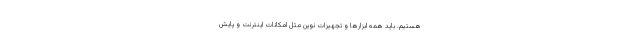
هستیم. باید همه ابزارها و تجهیزات نوین مثل امکانات اینترنت و پایش